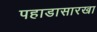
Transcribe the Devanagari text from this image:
पहाडासारखा